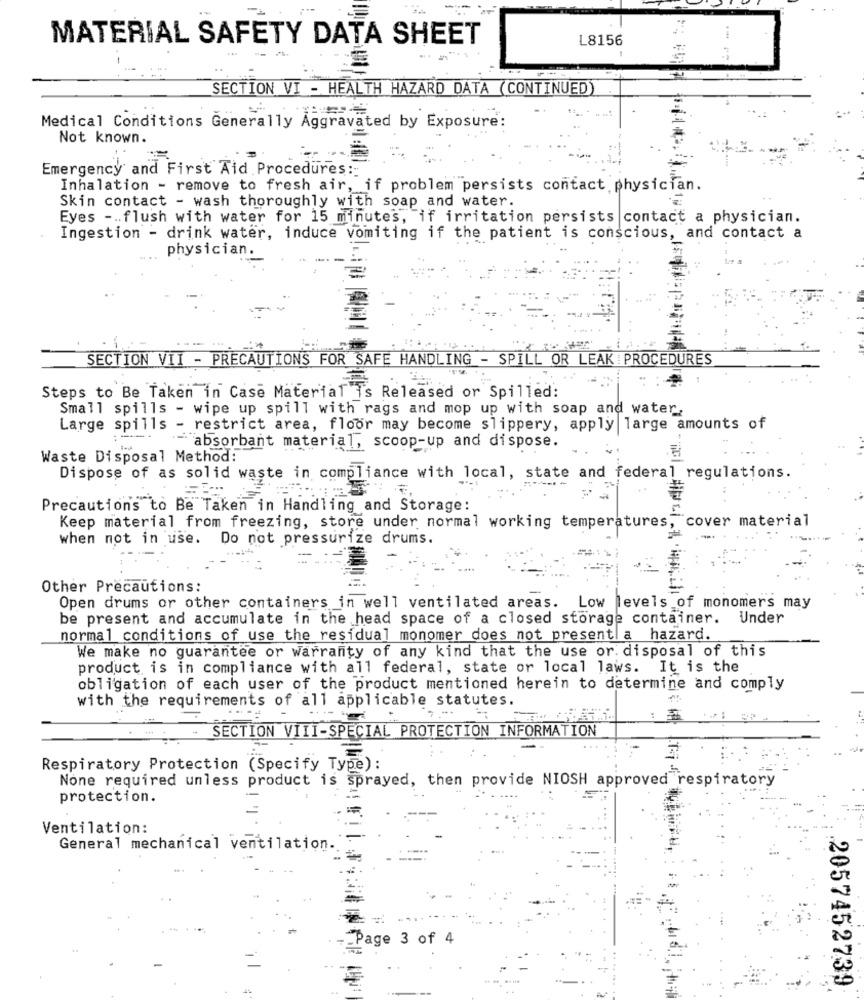
MATERIAL SAFETY DATA SHEET
L8156
SECTION VI - HEALTH HAZARD DATA (CONTINUED)
Medical Conditions Generally Aggravated by Exposure:
Not known.
Emergency and First Aid Procedures:
Inhalation - remove to fresh air, if problem persists contact physician.
Skin contact - wash thoroughly with soap and water.
Eyes -. flush with water for 15 minutes, if irritation persists contact a physician.
Ingestion - drink water, induce vomiting if the patient is conscious, and contact a
physician.
SECTION VII - PRECAUTIONS FOR SAFE HANDLING - SPILL OR LEAK : PROCEDURES
Steps to Be Taken in Case Material is Released or Spilled:
Small spills - wipe up spill with rags and mop up with soap and water.
Large spills - restrict area, floor may become slippery, apply large amounts of
==. absorbant material, scoop-up and dispose.
Waste Disposal Method:
Dispose of as solid waste in compliance with local, state and federal regulations.
-
Precautions to Be Taken in Handling and Storage:
Keep material from freezing, store under normal working temperatures, cover material
when not in use.
Do not pressurize drums.
Other Precautions:
Open drums or other containers in well ventilated areas. Low levels of monomers may
be present and accumulate in the head space of a closed storage container. Under
normal conditions of use the residual monomer does not presentla hazard.
We make no guarantee or warranty of any kind that the use or. disposal of this
product is in compliance with all federal, state or local laws. It is the
obligation of each user of the product mentioned herein to determine and comply
with the requirements of all applicable statutes.
-
-SECTION VIII-SPECIAL PROTECTION INFORMATION
Respiratory Protection (Specify Type):
None required unless product is sprayed, then provide NIOSH approved respiratory
protection.
Ventilation:
General mechanical ventilation ..
Page 3 of 4
2057452739